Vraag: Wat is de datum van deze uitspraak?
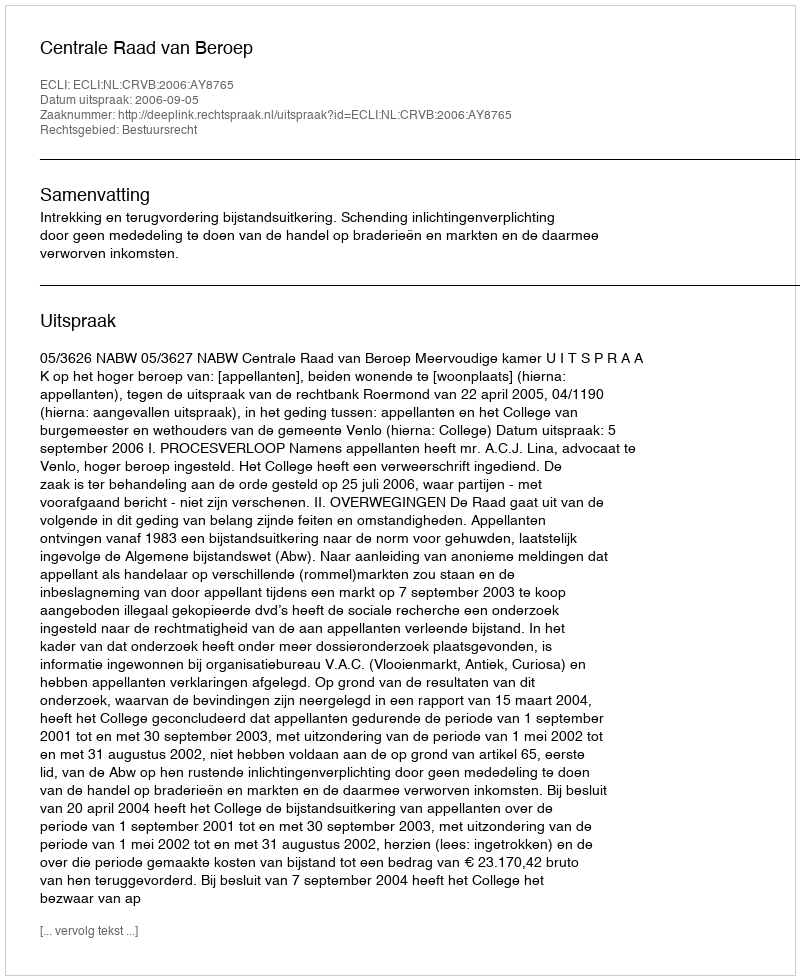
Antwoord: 2006-09-05